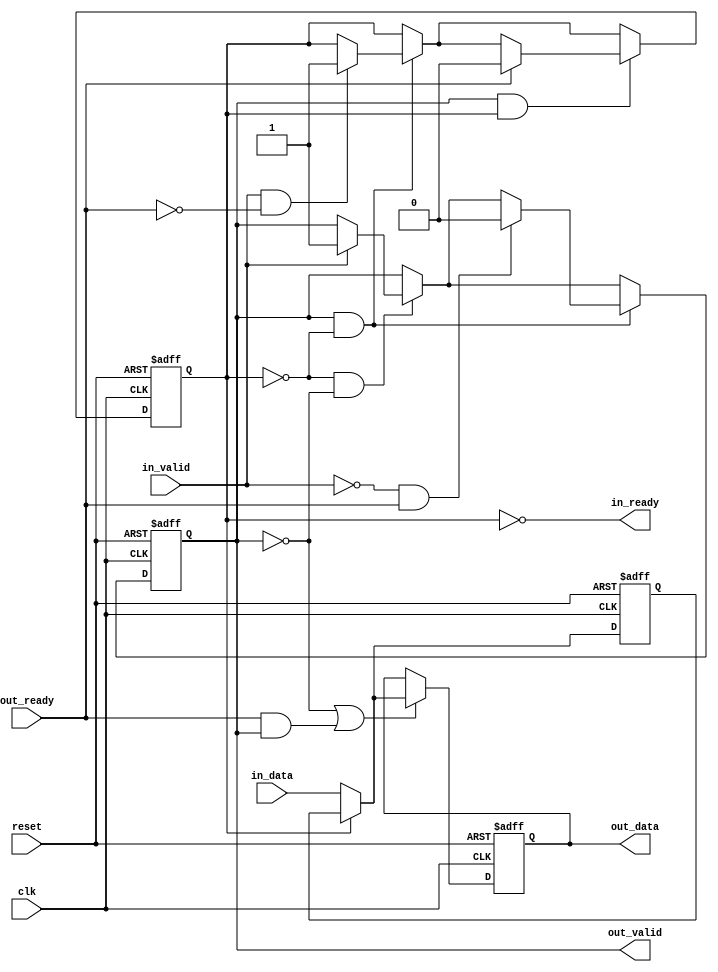
module altera_avalon_st_pipeline_base (
                                       clk,
                                       reset,
                                       in_ready,
                                       in_valid,
                                       in_data,
                                       out_ready,
                                       out_valid,
                                       out_data
                                       );

   parameter  SYMBOLS_PER_BEAT  = 1;
   parameter  BITS_PER_SYMBOL   = 8;
   parameter  PIPELINE_READY    = 1;
   localparam DATA_WIDTH = SYMBOLS_PER_BEAT * BITS_PER_SYMBOL;
   
   input clk;
   input reset;
   
   output in_ready;
   input  in_valid;
   input [DATA_WIDTH-1:0] in_data;
   
   input                  out_ready;
   output                 out_valid;
   output [DATA_WIDTH-1:0] out_data;
   
   reg                     full0;
   reg                     full1;
   reg [DATA_WIDTH-1:0]    data0;
   reg [DATA_WIDTH-1:0]    data1;

   assign out_valid = full1;
   assign out_data  = data1;    
   
   generate if (PIPELINE_READY == 1) 
     begin : REGISTERED_READY_PLINE
        
        assign in_ready  = !full0;

        always @(posedge clk, posedge reset) begin
           if (reset) begin
              data0 <= {DATA_WIDTH{1'b0}};
              data1 <= {DATA_WIDTH{1'b0}};
           end else begin
              // ----------------------------
              // always load the second slot if we can
              // ----------------------------
              if (~full0)
                data0 <= in_data;
              // ----------------------------
              // first slot is loaded either from the second,
              // or with new data
              // ----------------------------
              if (~full1 || (out_ready && out_valid)) begin
                 if (full0)
                   data1 <= data0;
                 else
                   data1 <= in_data;
              end
           end
        end
        
        always @(posedge clk or posedge reset) begin
           if (reset) begin
              full0    <= 1'b0;
              full1    <= 1'b0;
           end else begin
              // no data in pipeline
              if (~full0 & ~full1) begin
                 if (in_valid) begin
                    full1 <= 1'b1;
                 end
              end // ~f1 & ~f0

              // one datum in pipeline 
              if (full1 & ~full0) begin
                 if (in_valid & ~out_ready) begin
                    full0 <= 1'b1;
                 end
                 // back to empty
                 if (~in_valid & out_ready) begin
                    full1 <= 1'b0;
                 end
              end // f1 & ~f0
              
              // two data in pipeline 
              if (full1 & full0) begin
                 // go back to one datum state
                 if (out_ready) begin
                    full0 <= 1'b0;
                 end
              end // end go back to one datum stage
           end
        end

     end 
   else 
     begin : UNREGISTERED_READY_PLINE
	
	// in_ready will be a pass through of the out_ready signal as it is not registered
	assign in_ready = (~full1) | out_ready;
	
	always @(posedge clk or posedge reset) begin
	   if (reset) begin
	      data1 <= 'b0;
	      full1 <= 1'b0;
	   end
	   else begin
	      if (in_ready) begin
		 data1 <= in_data;
		 full1 <= in_valid;
	      end
	   end
	end		
     end
   endgenerate
endmodule